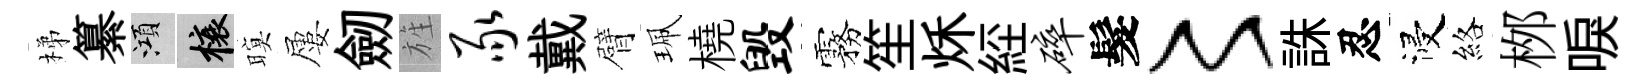
梯纂澒榱暝屢劒旌豕戴臂珮橈毁霧笙秌𦀇碎髮〻誅忍浸絡桞唳